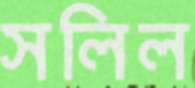
সলিল